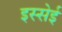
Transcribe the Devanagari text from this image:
इस्सेई